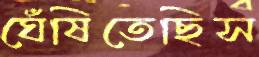
ঘেঁষিতেছিস